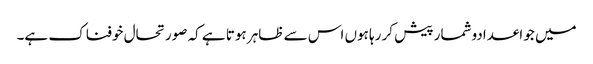
میں جو اعدادوشمار پیش کر رہا ہوں اس سے ظاہر ہوتا ہے کہ صورتحال خوفناک ہے۔